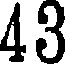
43